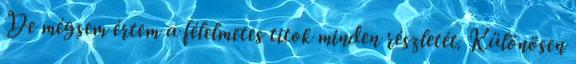
De mégsem értem a félelmetes titok minden részletét. Különösen